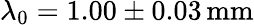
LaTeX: \lambda_{0}=1.00\pm 0.03\, \mathrm{mm}